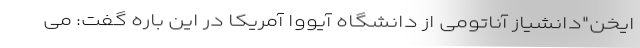
ایخن"‌دانشیاز آناتومی از دانشگاه آیووا آمریکا در این باره گفت: می